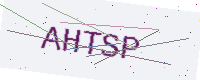
Text: AHTSP